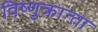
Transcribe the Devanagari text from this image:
विष्णुक्रान्ता